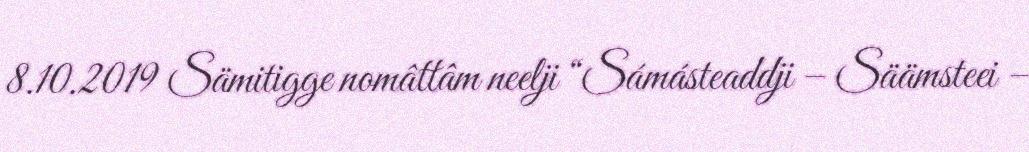
8.10.2019 Sämitigge nomâttâm neelji “Sámásteaddji – Säämsteei –